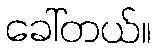
ခေါ်တယ်။